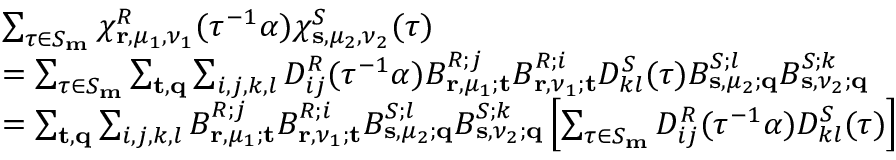
\begin{array} { r l } & { \sum _ { \tau \in S _ { \mathbf { m } } } \chi _ { \mathbf { r } , \mu _ { 1 } , \nu _ { 1 } } ^ { R } ( \tau ^ { - 1 } \alpha ) \chi _ { \mathbf { s } , \mu _ { 2 } , \nu _ { 2 } } ^ { S } ( \tau ) } \\ { } & { = \sum _ { \tau \in S _ { \mathbf { m } } } \sum _ { \mathbf { t } , \mathbf { q } } \sum _ { i , j , k , l } D _ { i j } ^ { R } ( \tau ^ { - 1 } \alpha ) B _ { \mathbf { r } , \mu _ { 1 } ; \mathbf { t } } ^ { R ; j } B _ { \mathbf { r } , \nu _ { 1 } ; \mathbf { t } } ^ { R ; i } D _ { k l } ^ { S } ( \tau ) B _ { \mathbf { s } , \mu _ { 2 } ; \mathbf { q } } ^ { S ; l } B _ { \mathbf { s } , \nu _ { 2 } ; \mathbf { q } } ^ { S ; k } } \\ { } & { = \sum _ { \mathbf { t } , \mathbf { q } } \sum _ { i , j , k , l } B _ { \mathbf { r } , \mu _ { 1 } ; \mathbf { t } } ^ { R ; j } B _ { \mathbf { r } , \nu _ { 1 } ; \mathbf { t } } ^ { R ; i } B _ { \mathbf { s } , \mu _ { 2 } ; \mathbf { q } } ^ { S ; l } B _ { \mathbf { s } , \nu _ { 2 } ; \mathbf { q } } ^ { S ; k } \left[ \sum _ { \tau \in S _ { \mathbf { m } } } D _ { i j } ^ { R } ( \tau ^ { - 1 } \alpha ) D _ { k l } ^ { S } ( \tau ) \right] } \end{array}